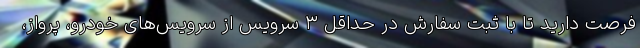
فرصت دارید تا با ثبت سفارش در حداقل ۳ سرویس از سرویس‌های خودرو، پرواز،